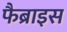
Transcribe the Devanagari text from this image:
फैब्राइस